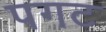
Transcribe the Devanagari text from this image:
पगट